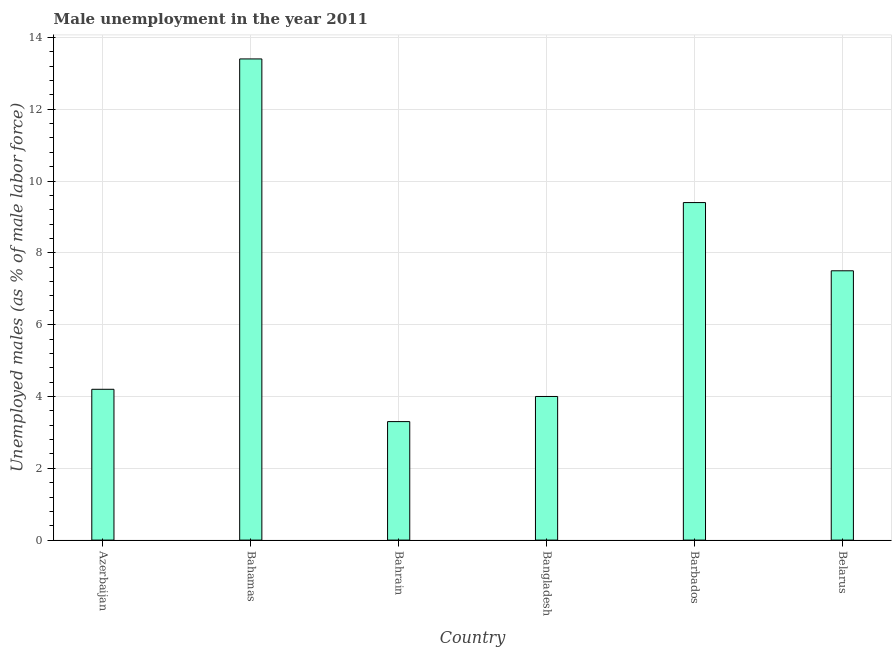
| Country | Unemployment |
 | --- | --- |
 | Azerbaijan | 4.2 |
 | Bahamas | 13.4 |
 | Bahrain | 3.3 |
 | Bangladesh | 4 |
 | Barbados | 9.4 |
 | Belarus | 7.5 |